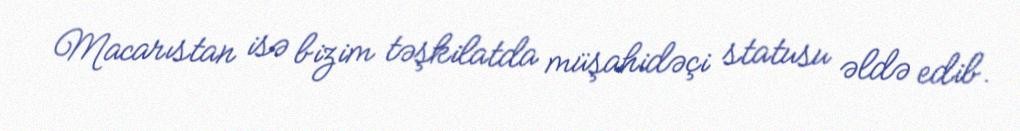
Macarıstan isə bizim təşkilatda müşahidəçi statusu əldə edib.